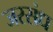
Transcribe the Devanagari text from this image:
जरसंध